Leaving Certificate Examination, 1922
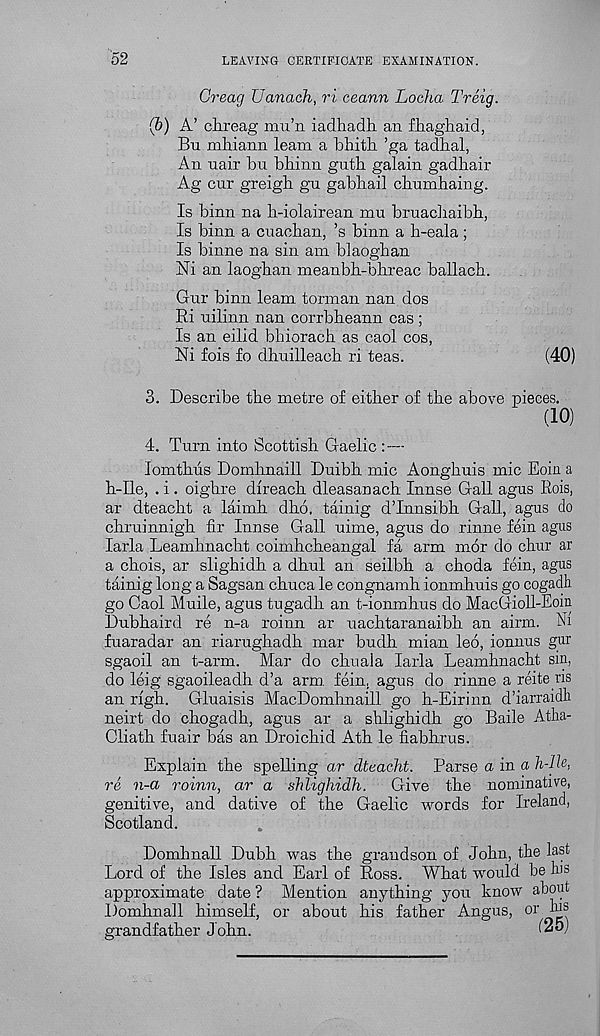
52
LEAVING CERTIFICATE EXAMINATION.
Creag Uanach, ri ceann Locha Treig.
(b) A’ ahreag mu’n iadhadli an fliaghaid,
Bn mhiann leam a bliith ’ga tadhal,
An nair bu bhinn guth galain gadbair
Ag cur greigh gn gabhail cbumhaing.
Is binn na li-iolairean mu bruachaibh,
Is binn a cuacban, ’s binn a h-eala;
Is binne na sin am blaogban
Ni an laogban meanbh-bhreac ballacb.
Gur binn leam torman nan dos
Ri uilinn nan corrbheann cas ;
Is an eilid bhioracb as caol cos,
Ni fois fo dhuilleacb ri teas.
(40)
3. Describe the metre of either of the above pieces.
(10)
4. Turn into Scottish Gaelic :—
lomthus Domhnaill Duibh mic Aonghuis mic Eoin a
h-Ile, . i. oighre direach dleasanach Innse Gall ague Rois,
ar dteacht a laimh dho, tainig dTnnsibh Gall, agus do
chruinnigh fir Innse Gall uime, agus do rinne fein agus
larla Leamhnacht coimhcheangal fa arm mor do chur ar
a chois, ar slighidh a dhul an seilbh a choda fein, agus
tainig long a Sagsan chuca le congnamh ionmhuis go cogadh
go Caol Muile, agus tugadh an t-ionmhus do MacGioll-Eoin
Dubhaird re n-a roinn ar uachtaranaibh an airm. Ni
fuaradar an riarughadh mar budh mian leo, ionnus gur
sgaoil an t-ai'm. Mar do chuala larla Leamhnacht sin,
do leig sgaoileadh d’a arm. fein, agus do rinne a reite ns
an righ. Gluaisis MacDomhnaill go h-Eirinn d’iarraidli
neirt do chogadh, agus ar a shlighidh go Baile Atha-
Cliath fuair has an Droichid Ath le fiabhrus.
Explain the spelling ar dteacht. Parse a in a h-Hv,
re n-a roinn, ar a shlighidh.
Give the nominative,
genitive, and dative of the Gaelic words for Ireland,
Scotland.
Domhnall Dubh was the grandson of John, the last
Lord of the Isles and Earl of Ross. What would be his
approximate date ? Mention anything you know about
Domhnall himself, or about his father Angus, or his
grandfather John.